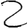
Digit: 2